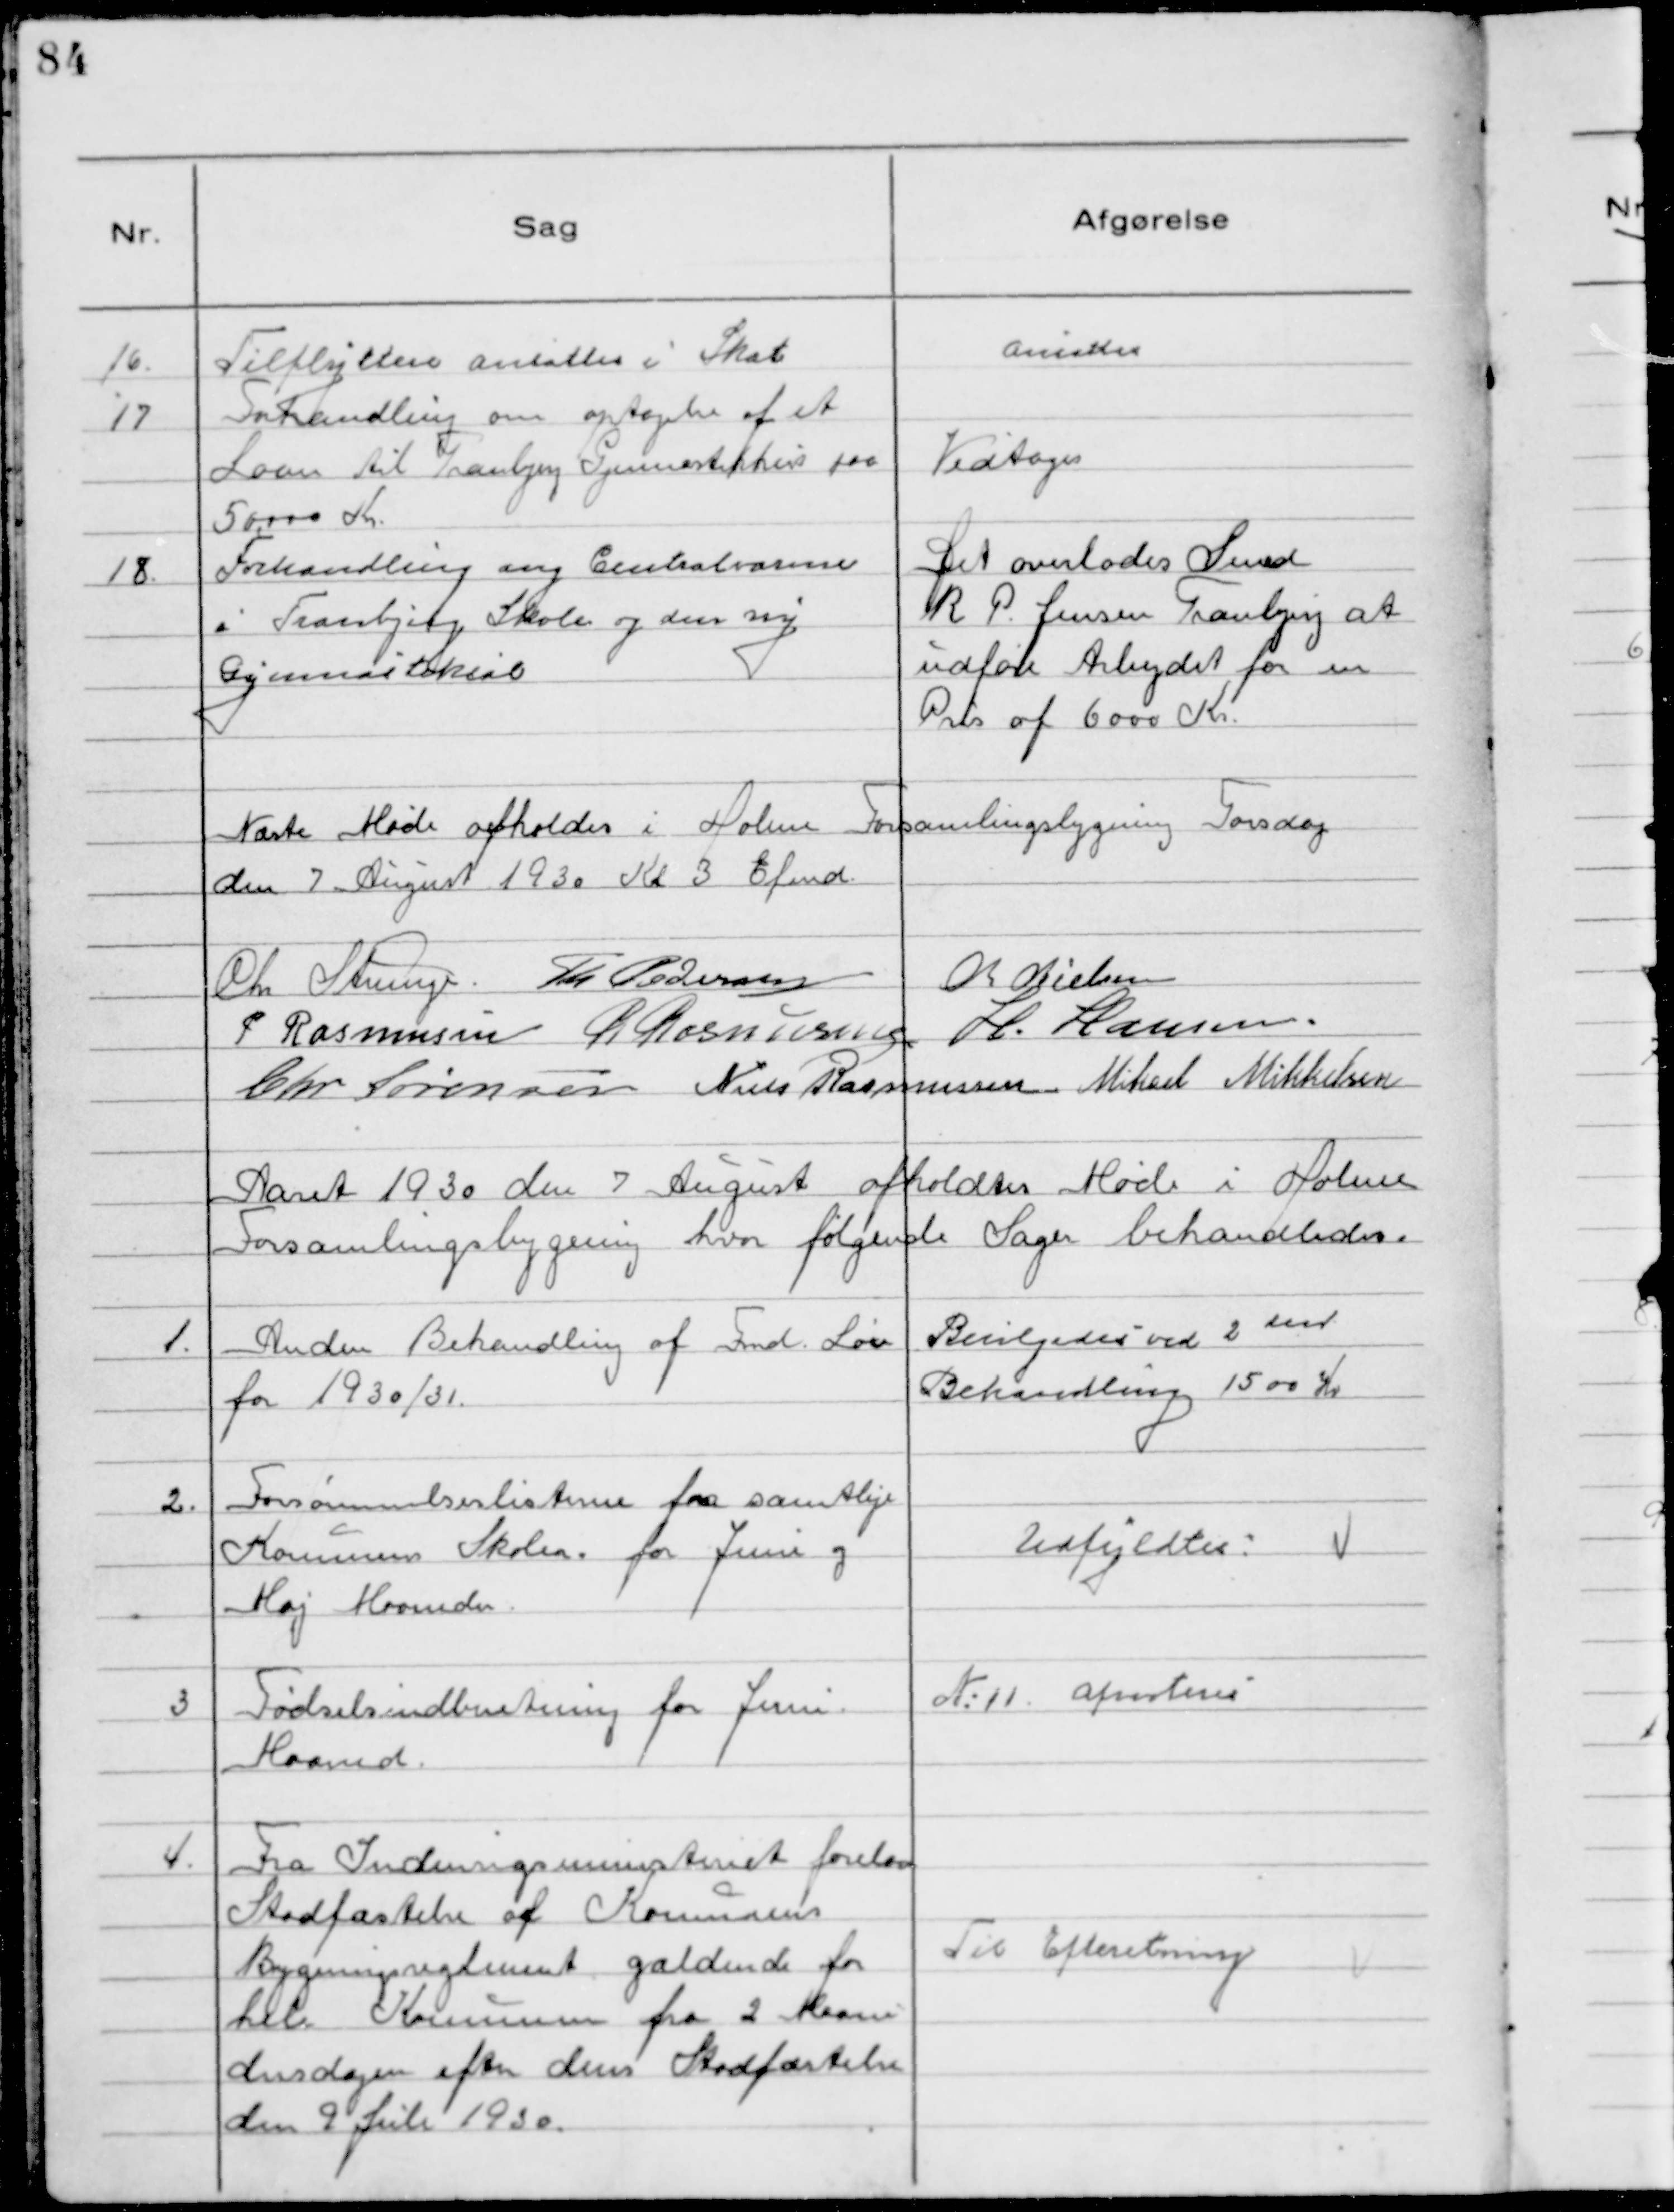
Transskription:
16. Tilflyttere ansattes i Skat

Ansattes

17 Forhandling om optagelse af et
Laan til Tranbjerg Gymnastikhus paa
50000 Kr.

Vedtoges

18. Forhandling ang Centralvarme
i Tranbjerg Skole og den ny
Gymnastiksal

Det overlodes Smed
R P. Jensen Tranbjerg at
udføre Arbejdet for en
Pris af 6000 Kr.

Næste Møde afholdes i Holme Forsamlingsbygning Torsdag
den 7. August Kl 3 Efmd.
Chr Strunge. Th. Pedersen Chr Nielsen
P Rasmussen R Rasmussen H. Hansen
Chr Sørensen Niels Rasmussen Mikael Mikkelsen

Aaret 1930 den 7 August afholdtes Møde i Holme
Forsamlingsbygning hvor følgende Sager behandledes.

1. Anden Behandling af Fmd. Løn
for 1930/31.

Bevilgedes ved 2den
Behandling 1500 Kr

2. Forsømmelseslisterne fra samtlige
Kommunens Skoler for Juni og
Maj Maaneder.

Udfyldtes

3 Fødselsindberetning for Juni
Maaned.

№11 afnoteres

4. Fra Indenrigsministeriet forelaa
Stadfæstelse af Kommunens
Bygningsreglement gældende for
hele Kommunen fra 2 Maane-
dersdagen efter dens Stadfæstelse
den 9 Juli 1930.

Til Efteretning